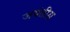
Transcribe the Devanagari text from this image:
जयंतीस